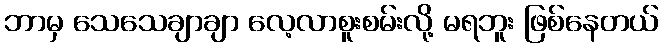
ဘာမှ သေသေချာချာ လေ့လာစူးစမ်းလို့ မရဘူး ဖြစ်နေတယ်